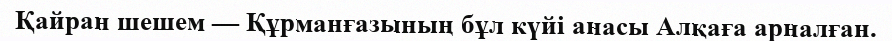
Қайран шешем — Құрманғазының бұл күйі анасы Алқаға арналған.